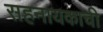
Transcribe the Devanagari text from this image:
सहनायकाची